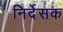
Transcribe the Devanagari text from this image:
निर्देसक